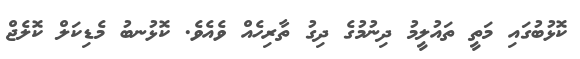
ކޮޅުބުގައި މަތީ ތައުލީމު ދިނުމުގެ ދިގު ތާރިހެއް ވެއެވެ. ކޮޅުނބު މެޑިކަލް ކޮލެޖް